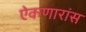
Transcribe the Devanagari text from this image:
ऐकणारांस